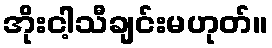
အိုးငါ့သီချင်းမဟုတ်။